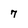
Character: 7